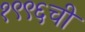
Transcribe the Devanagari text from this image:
१९९६ची